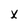
Character: x